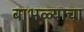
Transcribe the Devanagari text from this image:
बाभळ्याचा